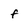
Character: f